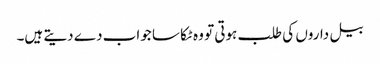
بیل داروں کی طلب ہوتی تو وہ ٹکا سا جواب دے دیتے ہیں۔